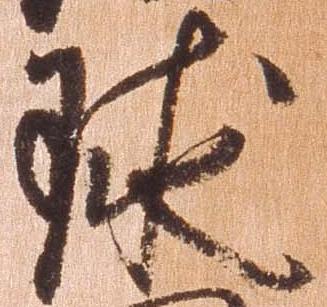
球